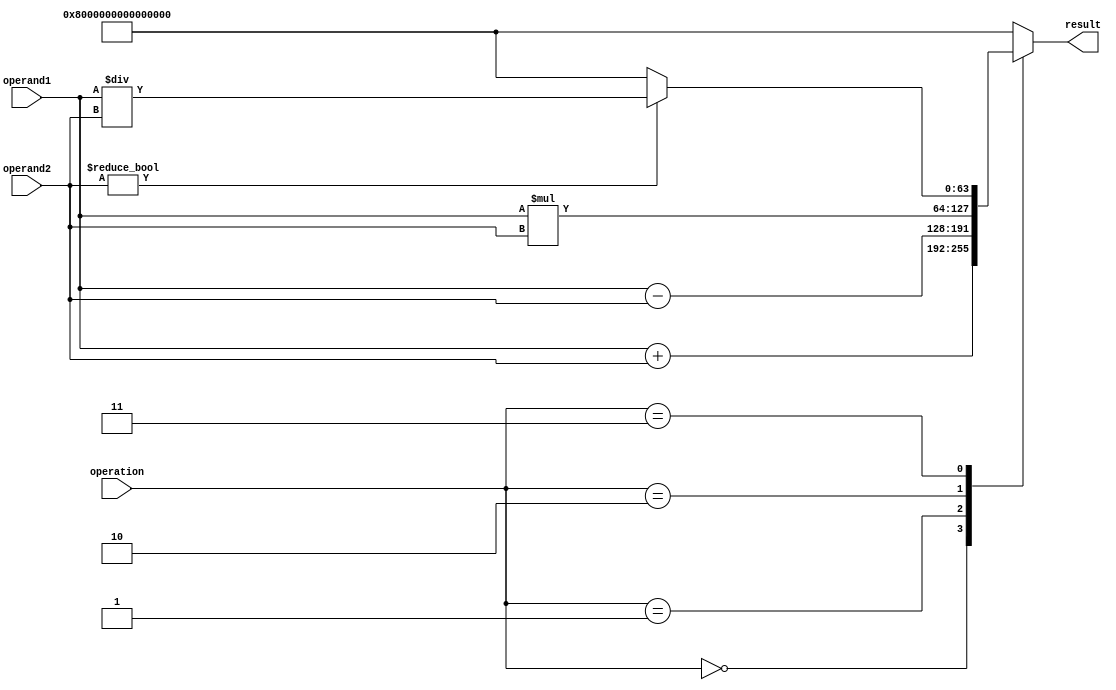
module DoublePrecisionFloatingPointUnit (
    input wire [63:0] operand1,
    input wire [63:0] operand2,
    input wire [2:0] operation,
    output reg [63:0] result
);

always @(*) begin
    case(operation)
        3'b000: // Addition
            result = operand1 + operand2;
        3'b001: // Subtraction
            result = operand1 - operand2;
        3'b010: // Multiplication
            result = operand1 * operand2;
        3'b011: // Division
            if(operand2 != 0)
                result = operand1 / operand2;
            else
                result = 64'h8000000000000000; // NaN (Not a Number)
        default:
            result = 64'h8000000000000000; // NaN (Not a Number)
    endcase
end

endmodule